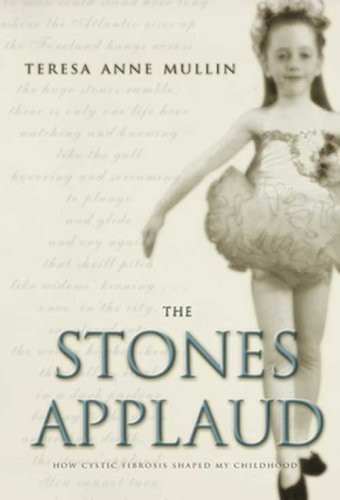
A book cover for The Stones Applaud: How Cystic Fibrosis Shaped My Childhood; Teresa Anne Mullin; Health, Fitness & Dieting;